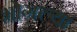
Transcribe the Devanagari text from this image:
भोगल्या